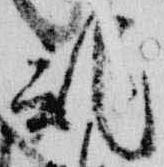
記